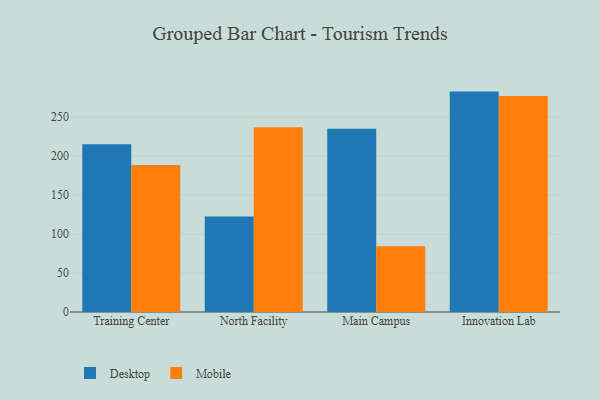
{"axis": {"x": "Campus", "y": "LTV (USD)"}, "legend": ["Desktop", "Mobile"], "data": [{"x": "Training Center", "y": 215.2, "type": "Desktop"}, {"x": "Training Center", "y": 188.6, "type": "Mobile"}, {"x": "North Facility", "y": 122.4, "type": "Desktop"}, {"x": "North Facility", "y": 236.8, "type": "Mobile"}, {"x": "Main Campus", "y": 235.1, "type": "Desktop"}, {"x": "Main Campus", "y": 84.3, "type": "Mobile"}, {"x": "Innovation Lab", "y": 282.6, "type": "Desktop"}, {"x": "Innovation Lab", "y": 277.0, "type": "Mobile"}]}